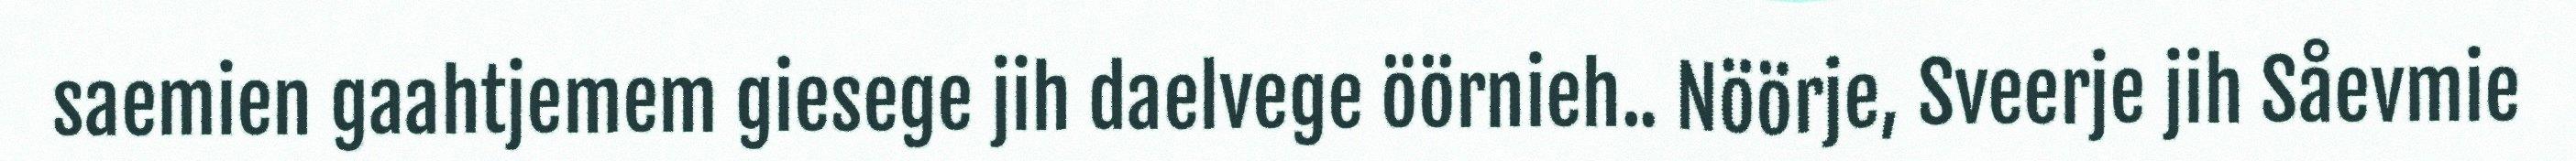
saemien gaahtjemem giesege jih daelvege öörnieh.. Nöörje, Sveerje jih Såevmie